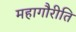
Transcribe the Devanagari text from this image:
महागौरीति